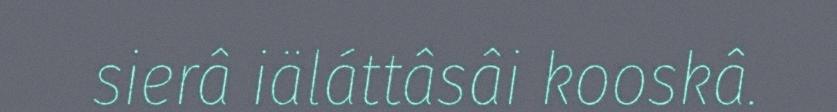
sierâ iäláttâsâi kooskâ.